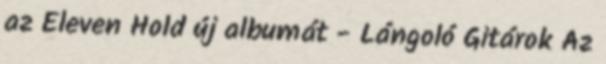
az Eleven Hold új albumát - Lángoló Gitárok Az